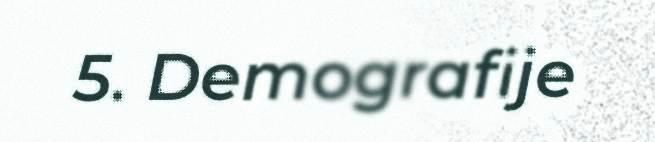
5. Demografije